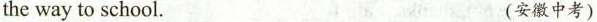
the way to school. (安徽中考)